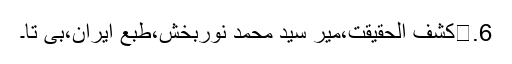
6.	کشف الحقیقت،میر سید محمد نوربخش،طبع ایران،بی تا۔